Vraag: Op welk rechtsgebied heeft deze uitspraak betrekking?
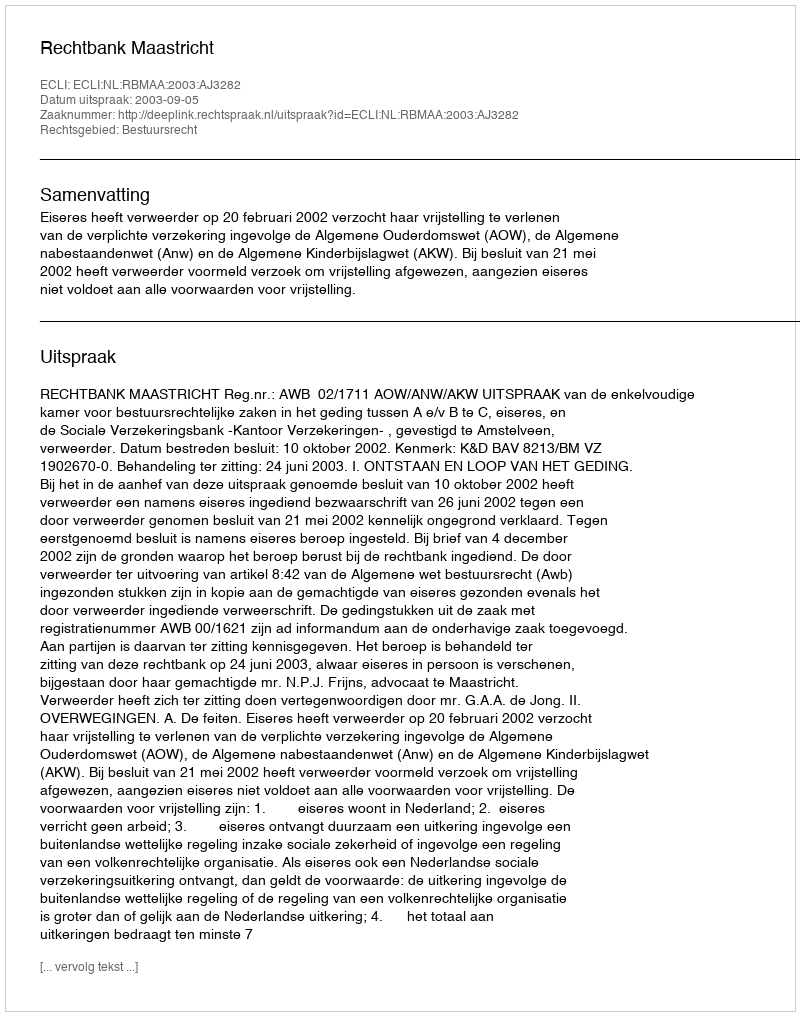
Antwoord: Bestuursrecht